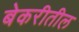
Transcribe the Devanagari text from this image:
बेकरीतील